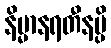
နိမ္မာနရတီနမ္ပိ